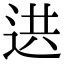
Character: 𨒱